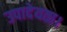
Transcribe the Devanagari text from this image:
उपादेयता।